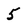
Character: 5